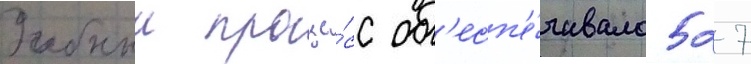
Учебныи проце́сс об'есп'е́чивало 527